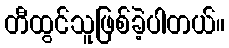
တီထွင်သူဖြစ်ခဲ့ပါတယ်။